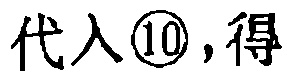
代入\textcircled{10},得